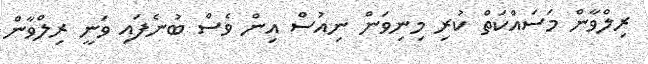
ރިލްވާން މަސައްކަތް ކުރި މިނިވަން ނިއުސް އިން ވެސް ބުނެފައި ވަނީ ރިލްވާން